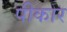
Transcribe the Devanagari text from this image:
पीकार